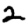
Digit: 2